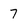
Character: 7